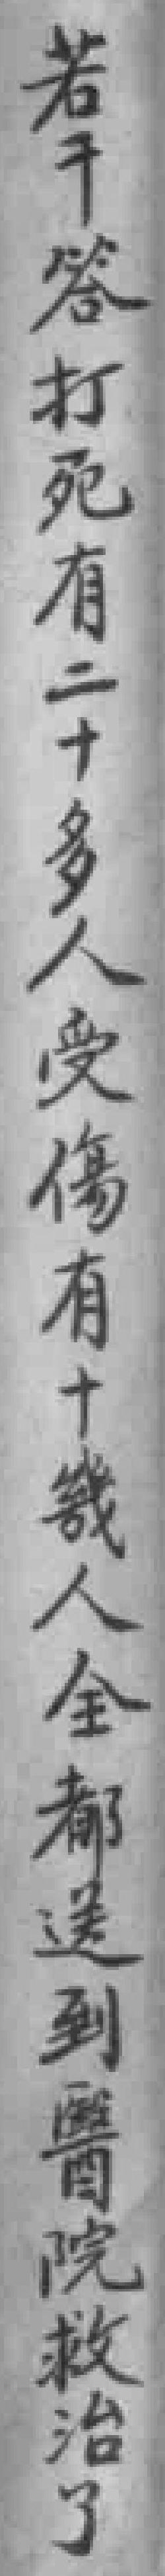
若干答打死有二十多人受傷有十幾人全都送到醫院救治了